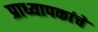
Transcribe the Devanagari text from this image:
प्राध्यापकांचे